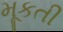
મૂકતી